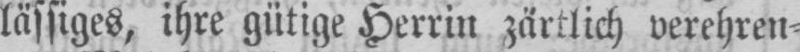
lässiges, ihre gütige Herrin zärtlich verehren⸗